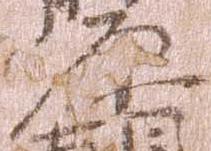
原